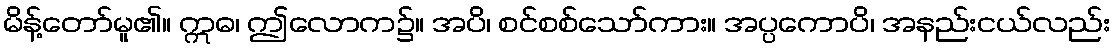
မိန့်တော်မူ၏။ ဣဓ၊ ဤလောက၌။ အပိ၊ စင်စစ်သော်ကား။ အပ္ပကောပိ၊ အနည်းငယ်လည်း